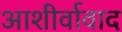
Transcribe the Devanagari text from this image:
आशीर्वावाद